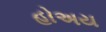
હોઅય